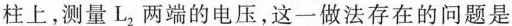
柱上，测量L2两端的电压，这一做法存在的问题是